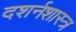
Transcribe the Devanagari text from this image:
दशर्नशास्त्र